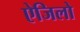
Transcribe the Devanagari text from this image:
ऐजिलो